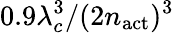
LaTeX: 0.9\lambda_{c}^{3}/(2n_{\mathrm{act}})^{3}